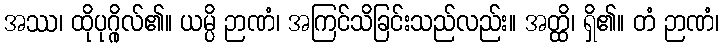
အဿ၊ ထိုပုဂ္ဂိုလ်၏။ ယမ္ပိ ဉာဏံ၊ အကြင်သိခြင်းသည်လည်း။ အတ္ထိ၊ ရှိ၏။ တံ ဉာဏံ၊